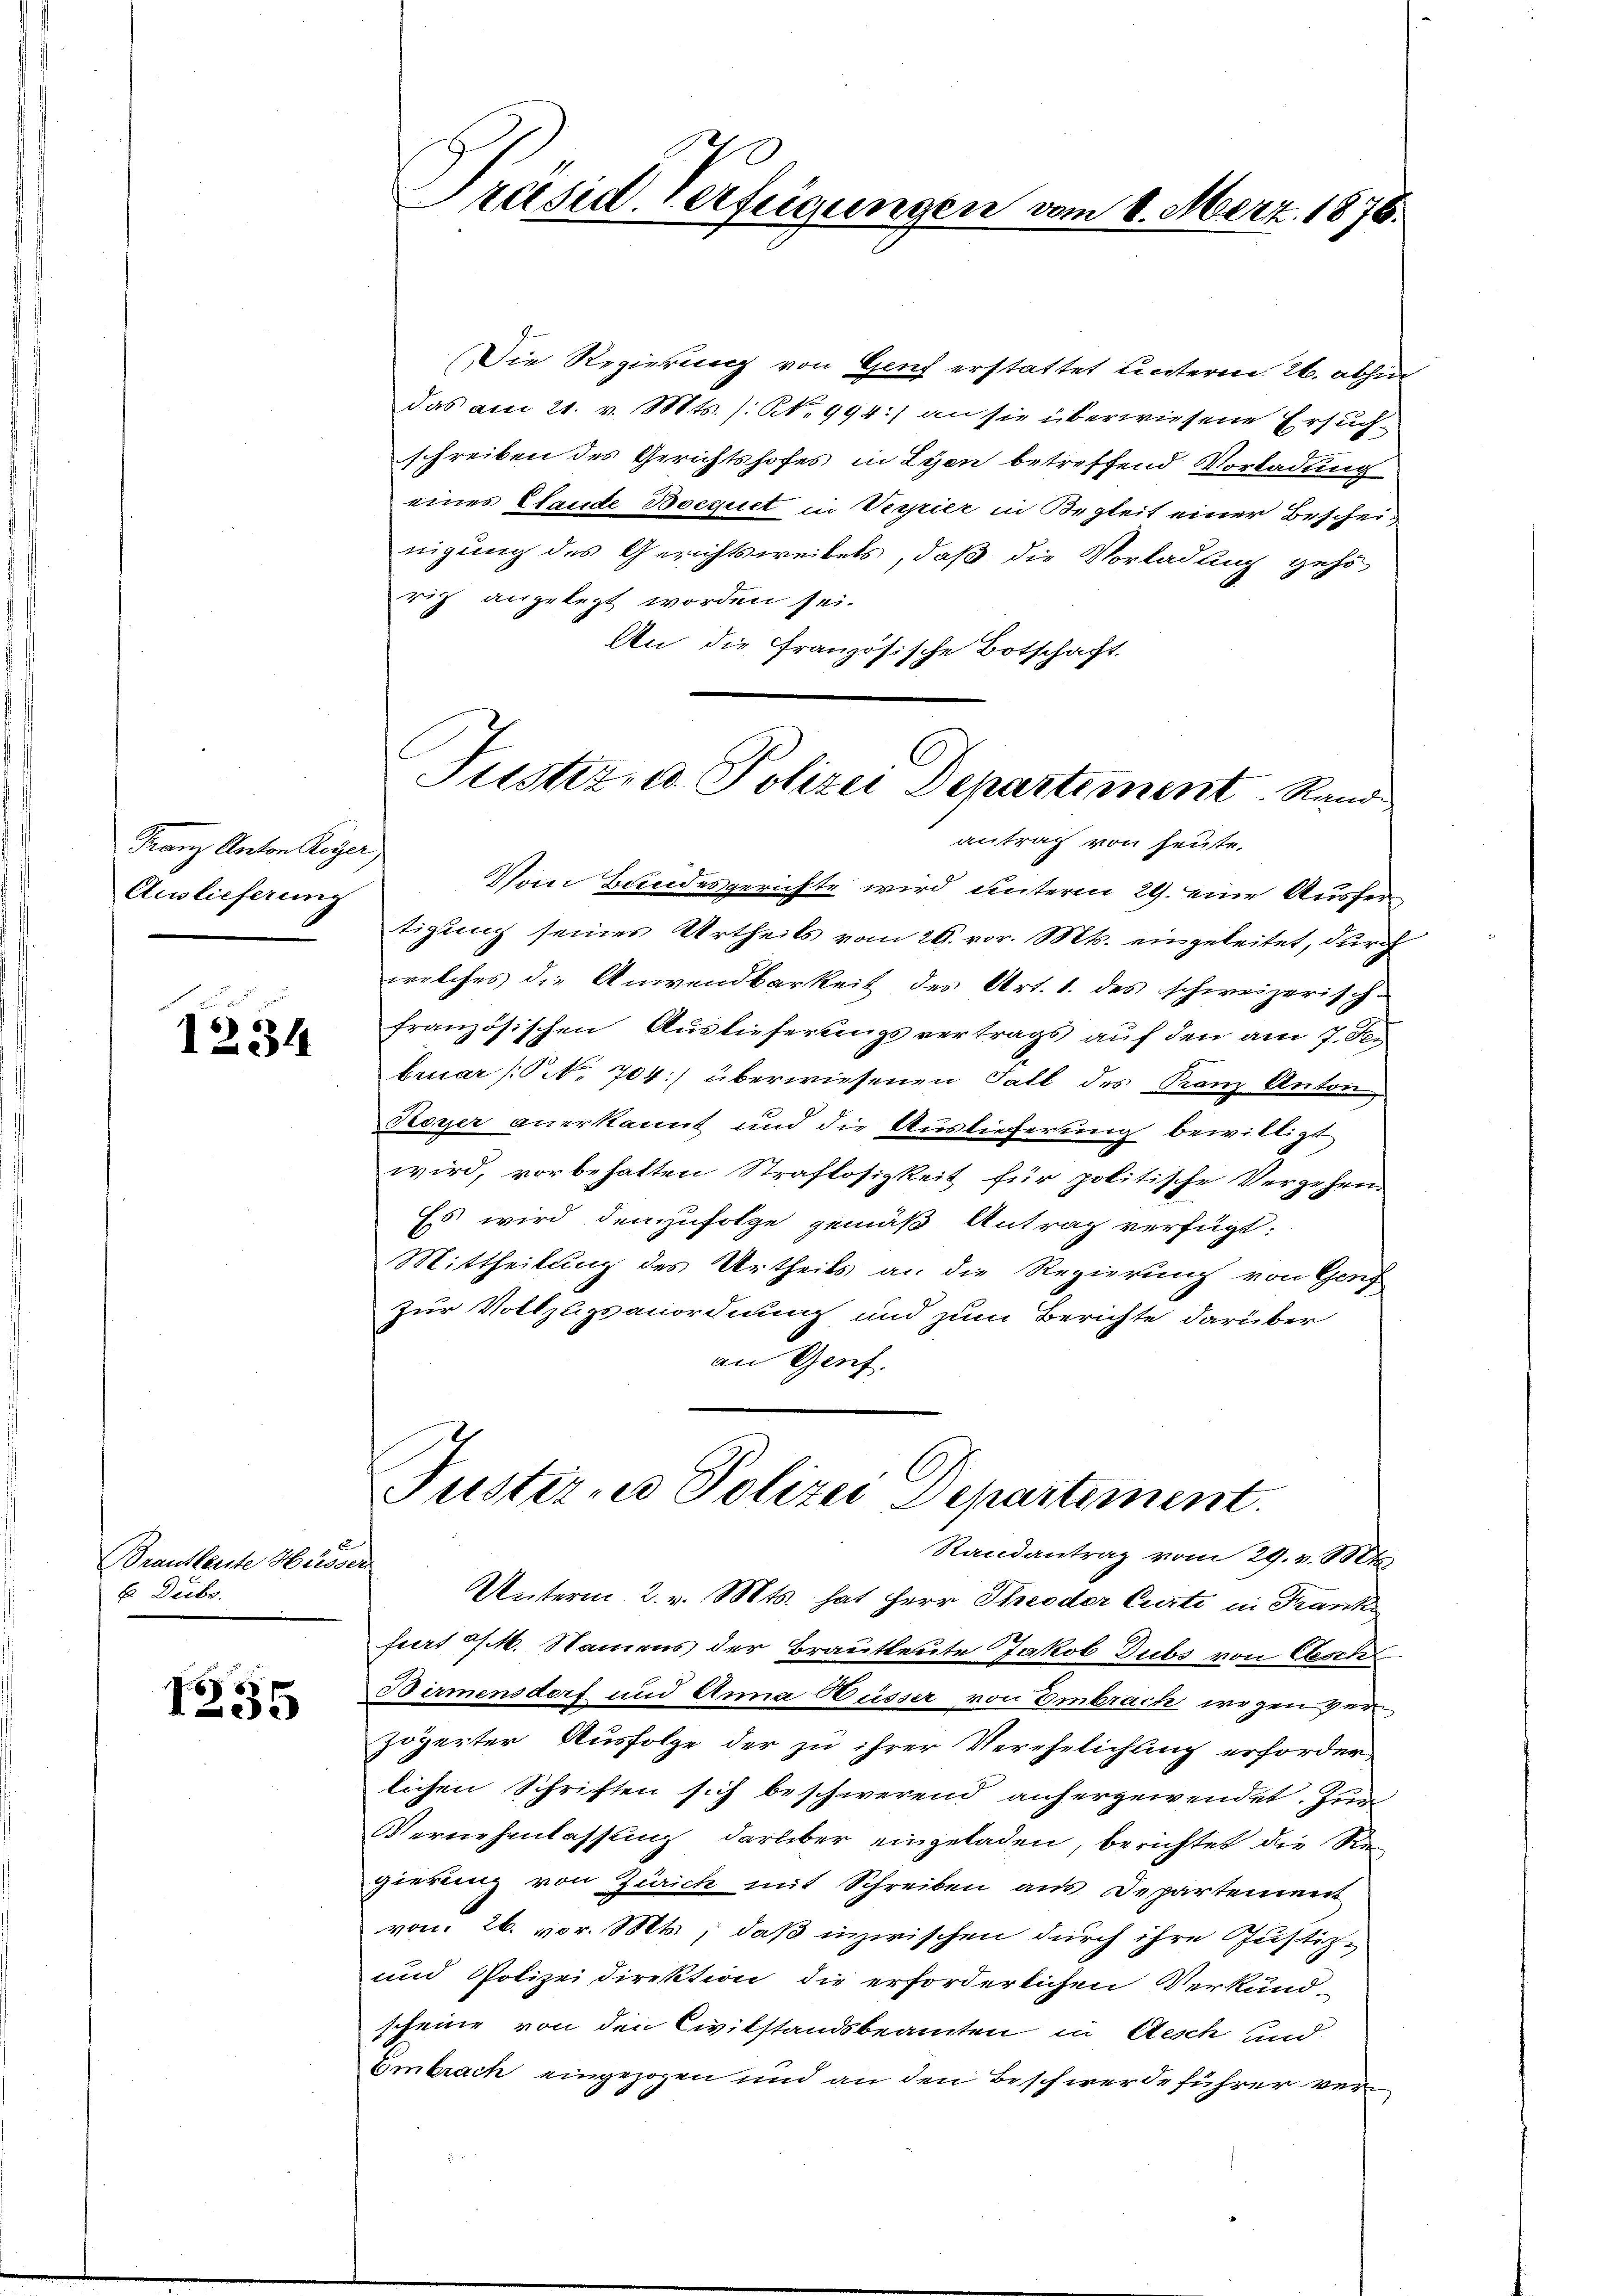
Franz Anton Reger
Auslieferung

1234

Brautleute Hesser
E Deibe.

1255

Präsid. Verfügungen vom 8. Merz. 1876.

Die Regierung von Genf erstattet unterm 26. abhin
das am 21. v. Mts. (N. 994:/ an sie überwiesene Ersuchschreiben des Gerichtshofes in Lyon betreffend Vorladung
eines Elande Bocquet in Verpier in Begleit einer Bescheinigung des Gerichtsweibels, daß die Vorladung gehörich angelegt worden sei.
An die Französische Botschaft.
antrag von heute.
Vom Bundesgerichte wird unterm 29. eine Ausfertigung seines Urtheils vom 29. vor. Mts. eingeleitet, durch
welches die Anwendbarkeit des Art. 1. des schweizerisch-
französischen Auslieferungsvertrags auf den am 7. Fen
bruar ( NNo. 704) überwiesenen Fall des Franz Anton
Hoyer anerkannt und die Auslieferung bewilligt
wird, vorbehalten Straflosigkeit für politische Vergehen.
Es wird den zufolge gemäß Antrag verfügt:
Mittheilung des Urtheils an die Regierung von Genf
zur Vollzugsanordnung und zum Berichte darüber
an Genf.

Justiz- u. Polizei Departement. Rand

Tustirne Polizei Departement.
Randantrag vom 29. v. Mts

Unterm 2. v. Mts. hat Herr Theoder Curti in Frank-
fiert M. Namens der Brautleute Jakob Dubs von Aesch
Birmensdorf und Anna Büsser von Embrach wegen Her
zögerter Ausfolge der zu ihrer Verehelichung erforder,
lichen Schriften sich beschwerend anhergewendet. Zum
Vernehmlassung darüber eingeladen, berichtet die Re-
gierung von Zürich mit Schreiben aus Departement
von 26. vor. Mts., daß inzwischen durch ihre Justiz-
und Polizeidirektion die erforderlichen Verkund-
scheine von den Civilstandsbeamten in Aesch und
Embrach eingezogen und an den Beschwerde führer ver¬